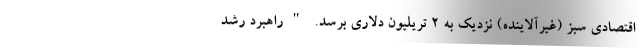
اقتصادی سبز (غیرآلاینده) نزدیک به 2 تریلیون دلاری برسد. "راهبرد رشد